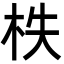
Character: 柣